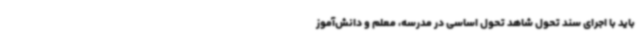
باید با اجرای سند تحول شاهد تحول اساسی در مدرسه، معلم و دانش‌آموز